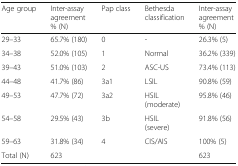
| Age group | Inter-assay agreement% (N) | Pap class | Bethesda classification | Inter-assay agreement% (N) |
 | --- | --- | --- | --- | --- |
 | 29–33 | 65.7% (180) | 0 | - | 26.3% (5) |
 | 34–38 | 52.0% (105) | 1 | Normal | 36.2% (339) |
 | 39–43 | 51.0% (103) | 2 | ASC-US | 73.4% (113) |
 | 44–48 | 41.7% (86) | 3a1 | LSIL | 90.8% (59) |
 | 49–53 | 47.7% (72) | 3a2 | HSIL (moderate) | 95.8% (46) |
 | 54–58 | 29.5% (43) | 3b | HSIL (severe) | 91.8% (56) |
 | 59–63 | 31.8% (34) | 4 | CIS/AIS | 100% (5) |
 | Total (N) | 623 |  |  | 623 |